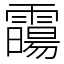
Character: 霷